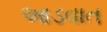
આડવાત